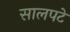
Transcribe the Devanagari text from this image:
सालपटे